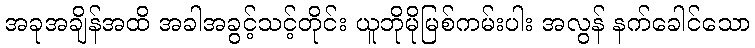
အခုအချိန်အထိ အခါအခွင့်သင့်တိုင်း ယူဘိုမိုမြစ်ကမ်းပါး အလွန် နက်ခေါင်သော